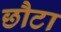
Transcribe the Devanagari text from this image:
छौटा